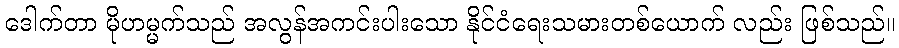
ဒေါက်တာ မိုဟမ္မက်သည် အလွန်အကင်းပါးသော နိုင်ငံရေးသမားတစ်ယောက် လည်း ဖြစ်သည်။